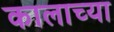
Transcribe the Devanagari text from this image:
कालाच्या